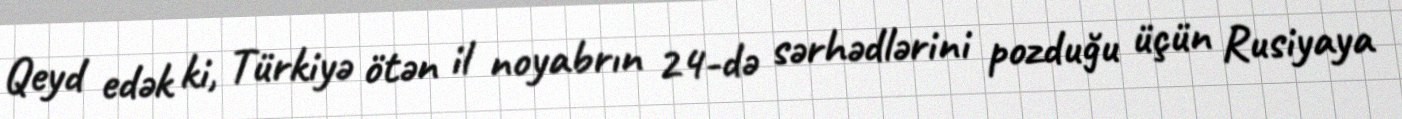
Qeyd edək ki, Türkiyə ötən il noyabrın 24-də sərhədlərini pozduğu üçün Rusiyaya